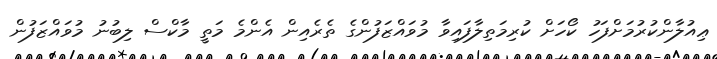
ޢިއުލާންކުރުމަށްފަހު ކޯހަށް ކުރިމަތިލާފައިވާ މުވައްޒަފުންގެ ތެރެއިން އެންމެ މަތީ މާކްސް ލިބުނު މުވައްޒަފުން